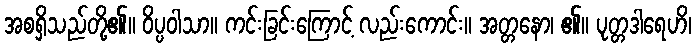
အစရှိသည်တို့၏။ ဝိပ္ပဝါသာ။ ကင်းခြင်းကြောင့် လည်းကောင်း။ အတ္တနော၊ ၏။ ပုတ္တဒါရေဟိ၊